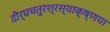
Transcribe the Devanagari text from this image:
दीर्घचतुरश्रस्याक्ष्णया